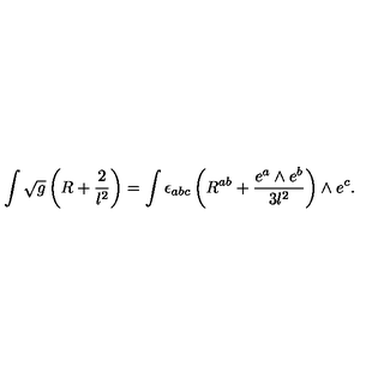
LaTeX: \int \sqrt { g } \left( R + \frac { 2 } { l ^ { 2 } } \right) = \int \epsilon _ { a b c } \left( R ^ { a b } + \frac { e ^ { a } \wedge e ^ { b } } { 3 l ^ { 2 } } \right) \wedge e ^ { c } .